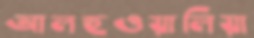
আলহুওয়ালিয়া